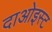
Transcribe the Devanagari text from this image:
दाओइस्ट